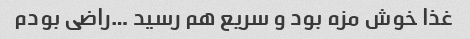
غذا خوش مزه بود و سریع هم رسید …راضی بودم